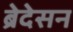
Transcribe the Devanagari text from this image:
ब्रेदेसन